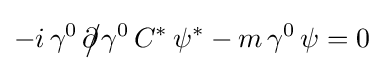
-i\,\gamma ^{0}\,{\partial \!\!\!{\big /}}\gamma ^{0}\,C^{*}\,\psi ^{*}-m\,\gamma ^{0}\,\psi =0